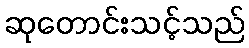
ဆုတောင်းသင့်သည်